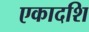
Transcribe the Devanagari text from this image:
एकादशि